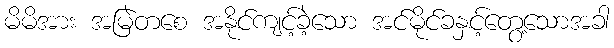
မိမိအား အမြဲတစေ အနိုင်ကျင့်ခဲ့သော အင်မိုင်ခနှင့်တွေ့သောအခါ